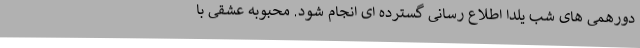
دورهمی های شب یلدا اطلاع رسانی گسترده ای انجام شود. محبوبه عشقی با